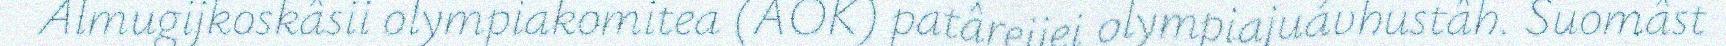
Almugijkoskâsii olympiakomitea (AOK) patâreijei olympiajuávhustâh. Suomâst